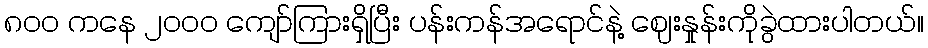
၈၀၀ ကနေ ၂၀၀၀ ကျော်ကြားရှိပြီး ပန်းကန်အရောင်နဲ့ ဈေးနှုန်းကိုခွဲထားပါတယ်။